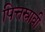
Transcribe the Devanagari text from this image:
पित्तस्रावी